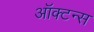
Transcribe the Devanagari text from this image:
ऑक्टन्स